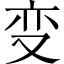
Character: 变